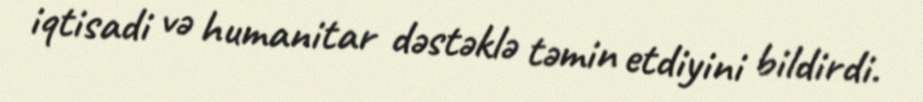
iqtisadi və humanitar dəstəklə təmin etdiyini bildirdi.